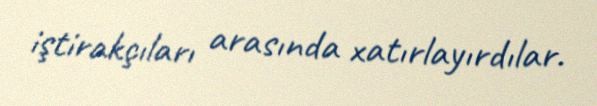
iştirakçıları arasında xatırlayırdılar.